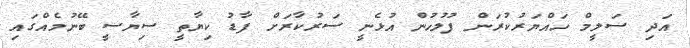
އަދި ސަލީމް ހައްޔަރުކުރަން ފުލުހުން އުޅެނީ ސަރުކާރަށް ފާޑު ކިޔާތީ ސިޔާސީ ބޭނުމެއްގައި